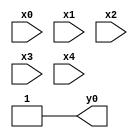
module top( x0 , x1 , x2 , x3 , x4 , y0 );
  input x0 , x1 , x2 , x3 , x4 ;
  output y0 ;
  assign y0 = ~1'b0 ;
endmodule